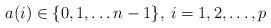
LaTeX: \begin{align*} a(i) \in \{0, 1, \ldots n-1 \}, \: i = 1, 2, \ldots, p\end{align*}